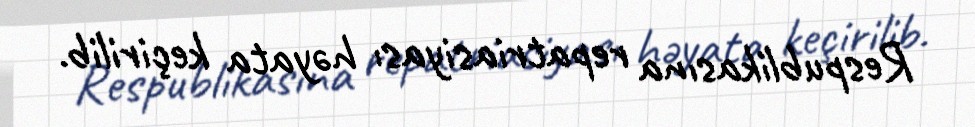
Respublikasına repatriasiyası həyata keçirilib.